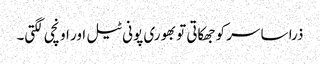
ذرا سا سر کو جھکاتی تو بھوری پونی ٹیل اور اونچی لگتی۔